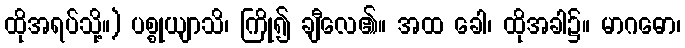
ထိုအရပ်သို့။) ပစ္စုယျာသိ၊ ကြို၍ ချီလေ၏။ အထ ခေါ၊ ထိုအခါ၌။ မာဂဓော၊